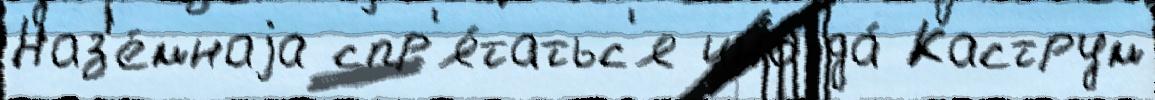
Наз'е́мнаjа спр'я́татьс'я иногда́ Каструм